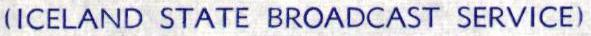
(ICELAND STATE BROADCAST SERVICE)